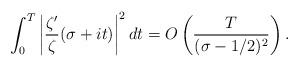
LaTeX: \begin{align*}\int_0^T \left| \frac{\zeta'}{\zeta}(\sigma+it) \right|^2 dt = O\left( \frac{T}{(\sigma-1/2)^2} \right). \end{align*}